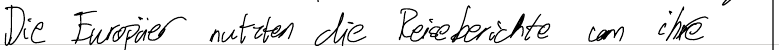
Die Europäer nutzten die Reiseberichte um ihre